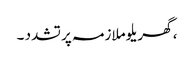
، گھریلو ملازمہ پر تشدد ۔